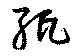
紙